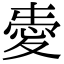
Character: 𢜤